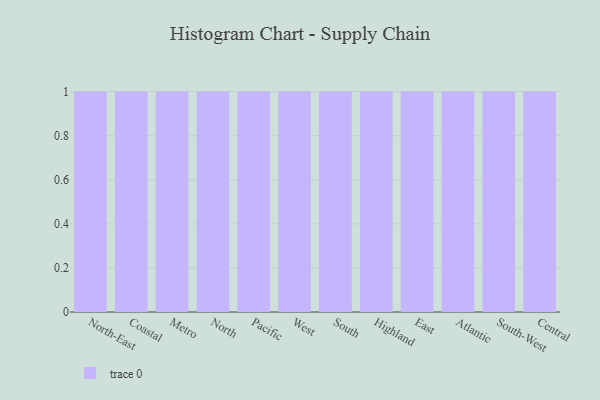
{"axis": {"x": "Region", "y": "Customer Acquisition Cost (USD)"}, "legend": [""], "data": [{"x": "North-East", "y": 35, "type": ""}, {"x": "Coastal", "y": 31, "type": ""}, {"x": "Metro", "y": 70, "type": ""}, {"x": "North", "y": 64, "type": ""}, {"x": "Pacific", "y": 79, "type": ""}, {"x": "West", "y": 93, "type": ""}, {"x": "South", "y": 3, "type": ""}, {"x": "Highland", "y": 93, "type": ""}, {"x": "East", "y": 48, "type": ""}, {"x": "Atlantic", "y": 8, "type": ""}, {"x": "South-West", "y": 94, "type": ""}, {"x": "Central", "y": 49, "type": ""}]}